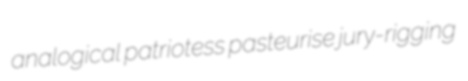
analogical patriotess pasteurise jury-rigging